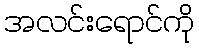
အလင်းရောင်ကို